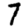
Digit: 7